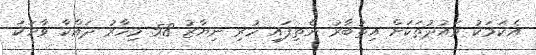
އެކަމަކު ވައުދުތަކަށް އިތުބާރު ނެތިފައި ހުރި ނިޔާޒު 58 މިހާރު ދައްކާ ވާހަކަ